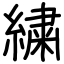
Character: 繍